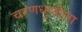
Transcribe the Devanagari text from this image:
चरणधुळीला